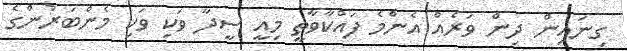
ގިނައިން ދިން ވަރެއް އެންމެ ފައްކާވާތީ މިއީ ސީދާ ވަކި ވަކި މެންބަރުންގެ